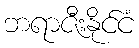
ဘရာဇီးနိုင်ငံ